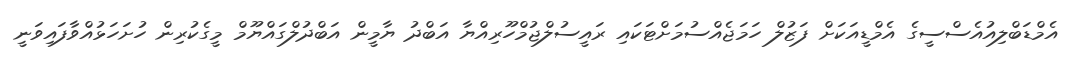
އެމްޑަބްލިއުއެސްސީގެ އެމްޑީއަކަށް ފަޒުލް ހަމަޖެއްސުމަށްޓަކައި ރައީސުލްޖުމްހޫރިއްޔާ އަބްދު ޔާމީން އަބްދުލްގައްޔޫމް މީގެކުރިން ހުށަހަޅުއްވާފައިވަނީ